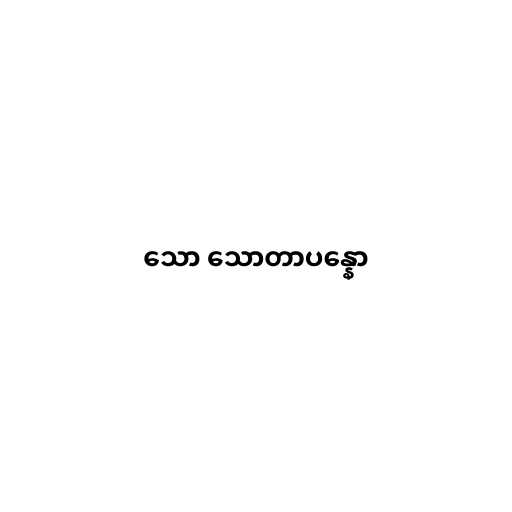
သော သောတာပန္နော